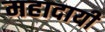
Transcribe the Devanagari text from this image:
महादायी